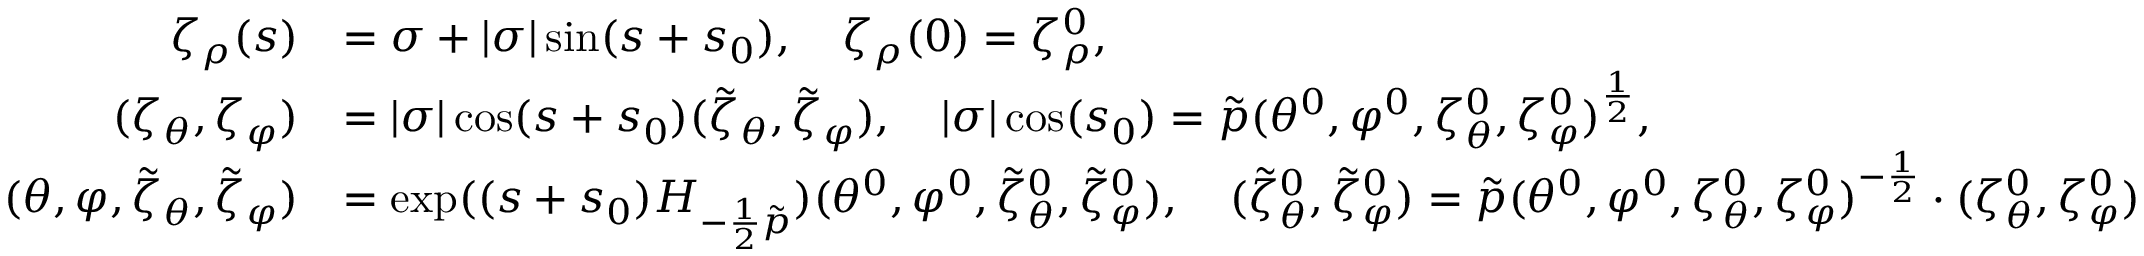
\begin{array} { r l } { \zeta _ { \rho } ( s ) } & { = \sigma + \vert \sigma \vert \sin ( s + s _ { 0 } ) , \quad \zeta _ { \rho } ( 0 ) = \zeta _ { \rho } ^ { 0 } , } \\ { ( \zeta _ { \theta } , \zeta _ { \varphi } ) } & { = \vert \sigma \vert \cos ( s + s _ { 0 } ) ( \tilde { \zeta } _ { \theta } , \tilde { \zeta } _ { \varphi } ) , \quad \vert \sigma \vert \cos ( s _ { 0 } ) = \tilde { p } ( \theta ^ { 0 } , \varphi ^ { 0 } , \zeta _ { \theta } ^ { 0 } , \zeta _ { \varphi } ^ { 0 } ) ^ { \frac 1 2 } , } \\ { ( \theta , \varphi , \tilde { \zeta } _ { \theta } , \tilde { \zeta } _ { \varphi } ) } & { = \exp ( ( s + s _ { 0 } ) H _ { - \frac { 1 } { 2 } \tilde { p } } ) ( \theta ^ { 0 } , \varphi ^ { 0 } , \tilde { \zeta } _ { \theta } ^ { 0 } , \tilde { \zeta } _ { \varphi } ^ { 0 } ) , \quad ( \tilde { \zeta } _ { \theta } ^ { 0 } , \tilde { \zeta } _ { \varphi } ^ { 0 } ) = \tilde { p } ( \theta ^ { 0 } , \varphi ^ { 0 } , \zeta _ { \theta } ^ { 0 } , \zeta _ { \varphi } ^ { 0 } ) ^ { - \frac 1 2 } \cdot ( \zeta _ { \theta } ^ { 0 } , \zeta _ { \varphi } ^ { 0 } ) } \end{array}